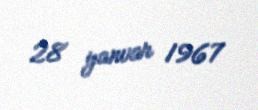
28 yanvar 1967